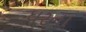
ધરના